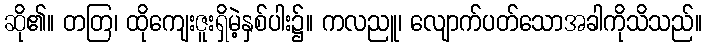
ဆို၏။ တတြ၊ ထိုကျေးဇူးရှိမဲ့နှစ်ပါး၌။ ကလညူ၊ လျောက်ပတ်သောအခါကိုသိသည်။